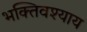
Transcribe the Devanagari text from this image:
भक्तिवश्याय